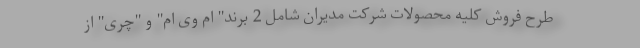
طرح فروش کلیه محصولات شرکت مدیران شامل 2 برند" ام وی ام" و "چری" از